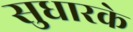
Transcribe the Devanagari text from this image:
सुधारके